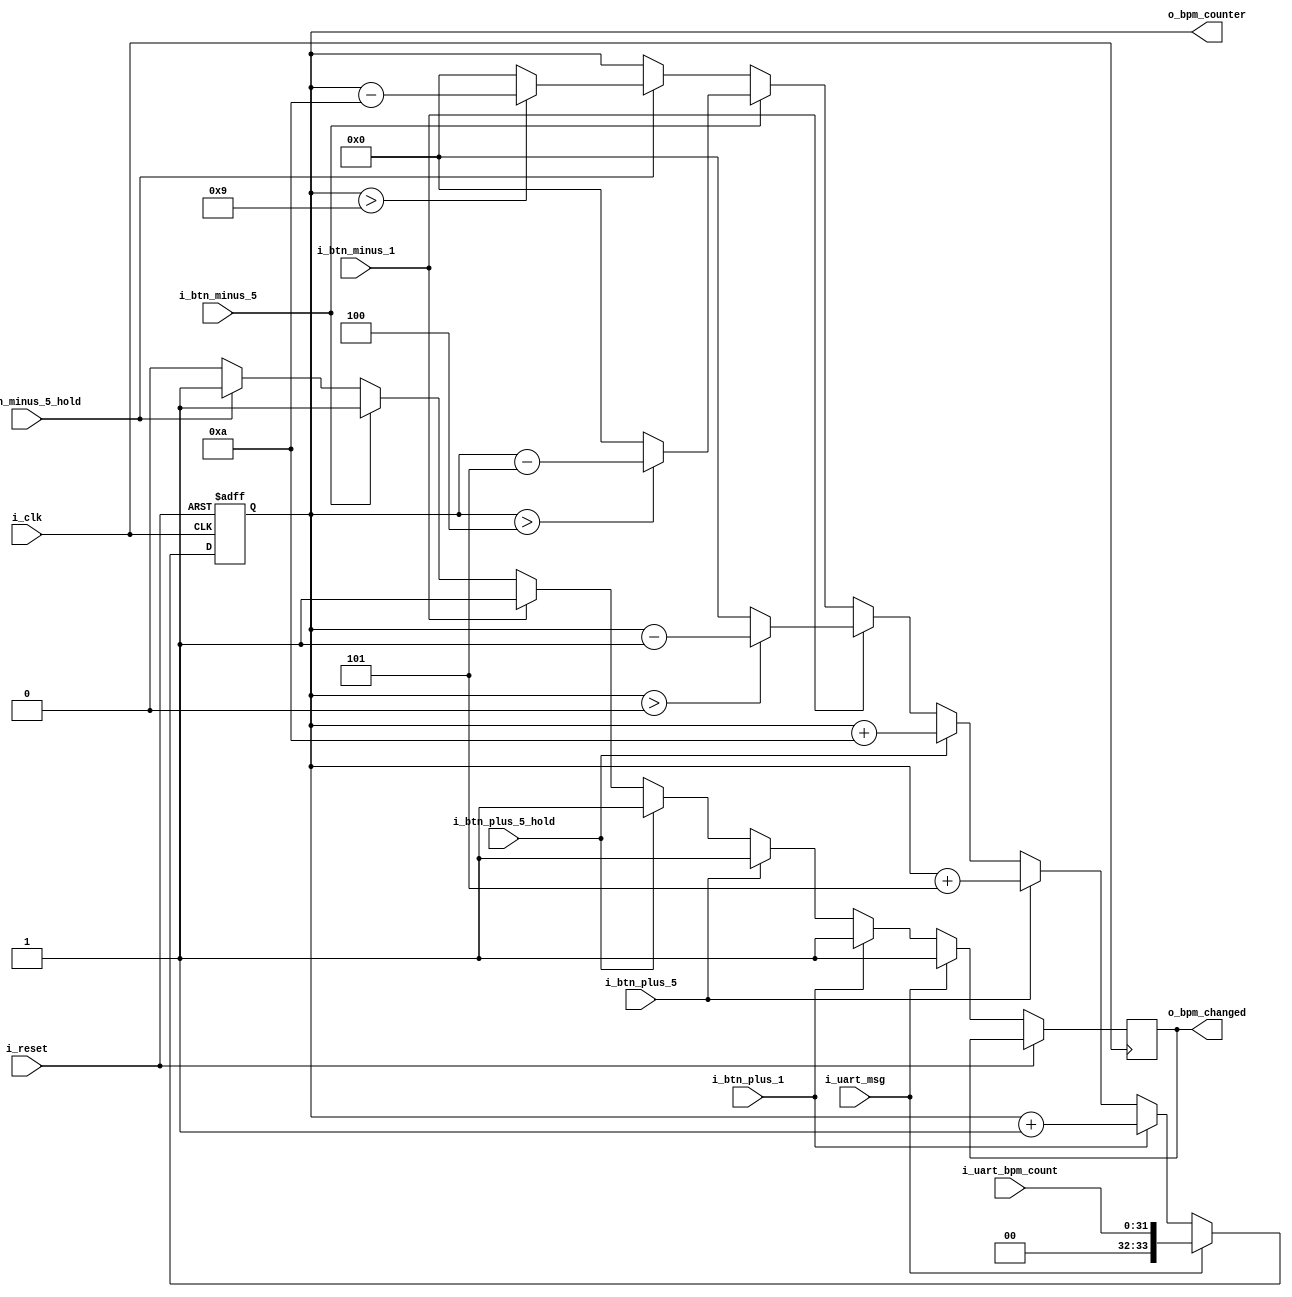
module bpm_counter(
	input i_clk,
	input i_reset,
	
	input i_btn_plus_1,		
	input i_btn_plus_5,		
	input i_btn_plus_5_hold,
	input i_btn_minus_1,	
	input i_btn_minus_5,
	input i_btn_minus_5_hold,
	
	input i_uart_msg,
	input [31:0] i_uart_bpm_count,
	
	output reg 	[33:0] 	o_bpm_counter,
	output reg		 	o_bpm_changed
);
	
	always @(posedge i_clk, posedge i_reset) begin
		if (i_reset) begin
			o_bpm_counter <= 0;
		end else begin
			if (i_uart_msg) begin
				o_bpm_counter <= {2'b00, i_uart_bpm_count};
				o_bpm_changed <= 1;
			end else begin
				if (i_btn_plus_1) begin
					o_bpm_counter <= o_bpm_counter + 1;
					o_bpm_changed <= 1;
				end else if (i_btn_plus_5) begin
					o_bpm_counter <= o_bpm_counter + 5;
					o_bpm_changed <= 1;
				end else if (i_btn_plus_5_hold) begin
					o_bpm_counter <= o_bpm_counter + 10;
					o_bpm_changed <= 1;
				end else if (i_btn_minus_1) begin
					o_bpm_counter <= (o_bpm_counter > 0) ? (o_bpm_counter - 1): 0; 
					o_bpm_changed <= 1;
				end else if (i_btn_minus_5) begin
					o_bpm_counter <= (o_bpm_counter > 4) ? (o_bpm_counter - 5): 0; 
					o_bpm_changed <= 1;
				end else if (i_btn_minus_5_hold) begin
					o_bpm_counter <= (o_bpm_counter > 9) ? (o_bpm_counter - 10): 0; 
					o_bpm_changed <= 1;
				end else begin 
					o_bpm_changed <= 0;
				end
			end
		end
	end
	
endmodule